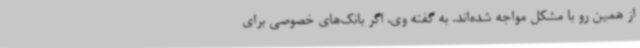
از همین رو با مشکل مواجه شده‌اند. به گفته وی، اگر بانک‌های خصوصی برای